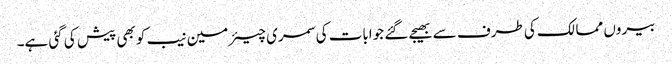
بیروں ممالک کی طرف سے بھیجے گئے جوابات کی سمری چیئرمین نیب کو بھی پیش کی گئی ہے۔